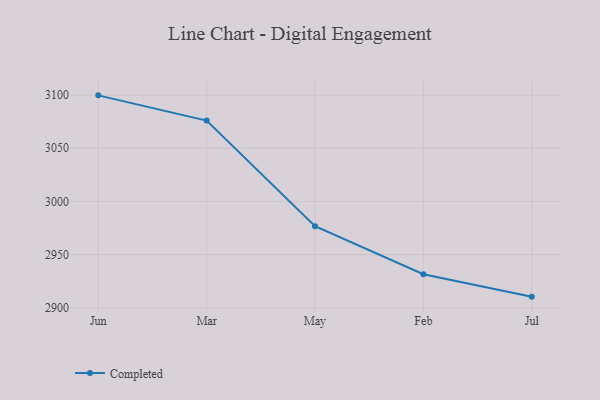
{"axis": {"x": "Month", "y": "Conversion Rate (%)"}, "legend": ["Completed"], "data": [{"x": "Jun", "y": 3099.8, "type": "Completed"}, {"x": "Mar", "y": 3076.1, "type": "Completed"}, {"x": "May", "y": 2976.7, "type": "Completed"}, {"x": "Feb", "y": 2931.5, "type": "Completed"}, {"x": "Jul", "y": 2910.4, "type": "Completed"}]}